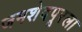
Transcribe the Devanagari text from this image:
जमशेदपूरला